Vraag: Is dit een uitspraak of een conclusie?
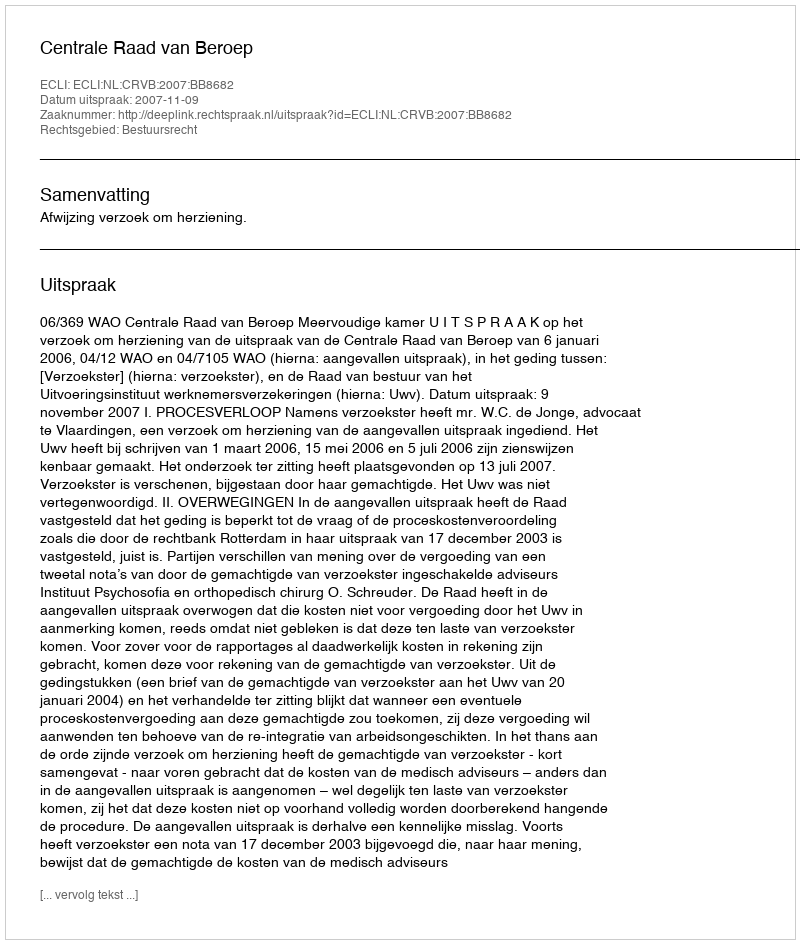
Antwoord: Uitspraak